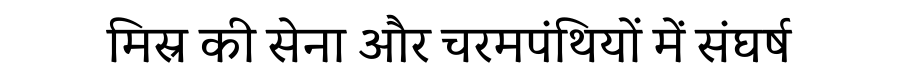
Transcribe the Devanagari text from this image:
मिस्र की सेना और चरमपंथियों में संघर्ष